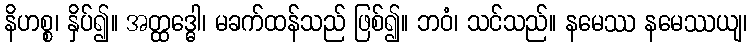
နိဟစ္စ၊ နှိပ်၍။ အတ္ထဒ္ဓေါ၊ မခက်ထန်သည် ဖြစ်၍။ ဘဝံ၊ သင်သည်။ နမေဿ နမေဿယျ၊